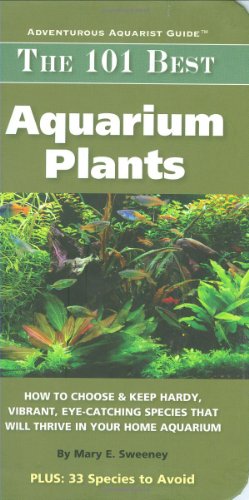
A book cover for The 101 Best Aquarium Plants: How to Choose Hardy, Vibrant, Eye-Catching Species That Will Thrive in Your Home Aquarium (Adventurous Aquarist Guide); Mary E. Sweeney; Crafts, Hobbies & Home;